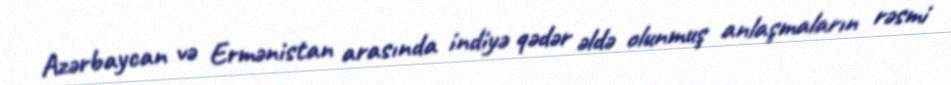
Azərbaycan və Ermənistan arasında indiyə qədər əldə olunmuş anlaşmaların rəsmi